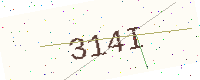
Text: 314I